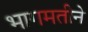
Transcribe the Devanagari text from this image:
भागमतीने